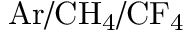
\mathrm { A r / C H _ { 4 } / C F _ { 4 } }